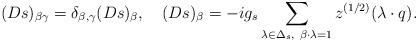
LaTeX: \begin{align*}(Ds)_{\beta \gamma}= \delta_{\beta,\gamma}(Ds)_{\beta},\quad (Ds)_{\beta}=-ig_s\sum_{\lambda\in\Delta_s,\ \beta\cdot\lambda=1}z^{(1/2)}(\lambda\cdot q). \end{align*}